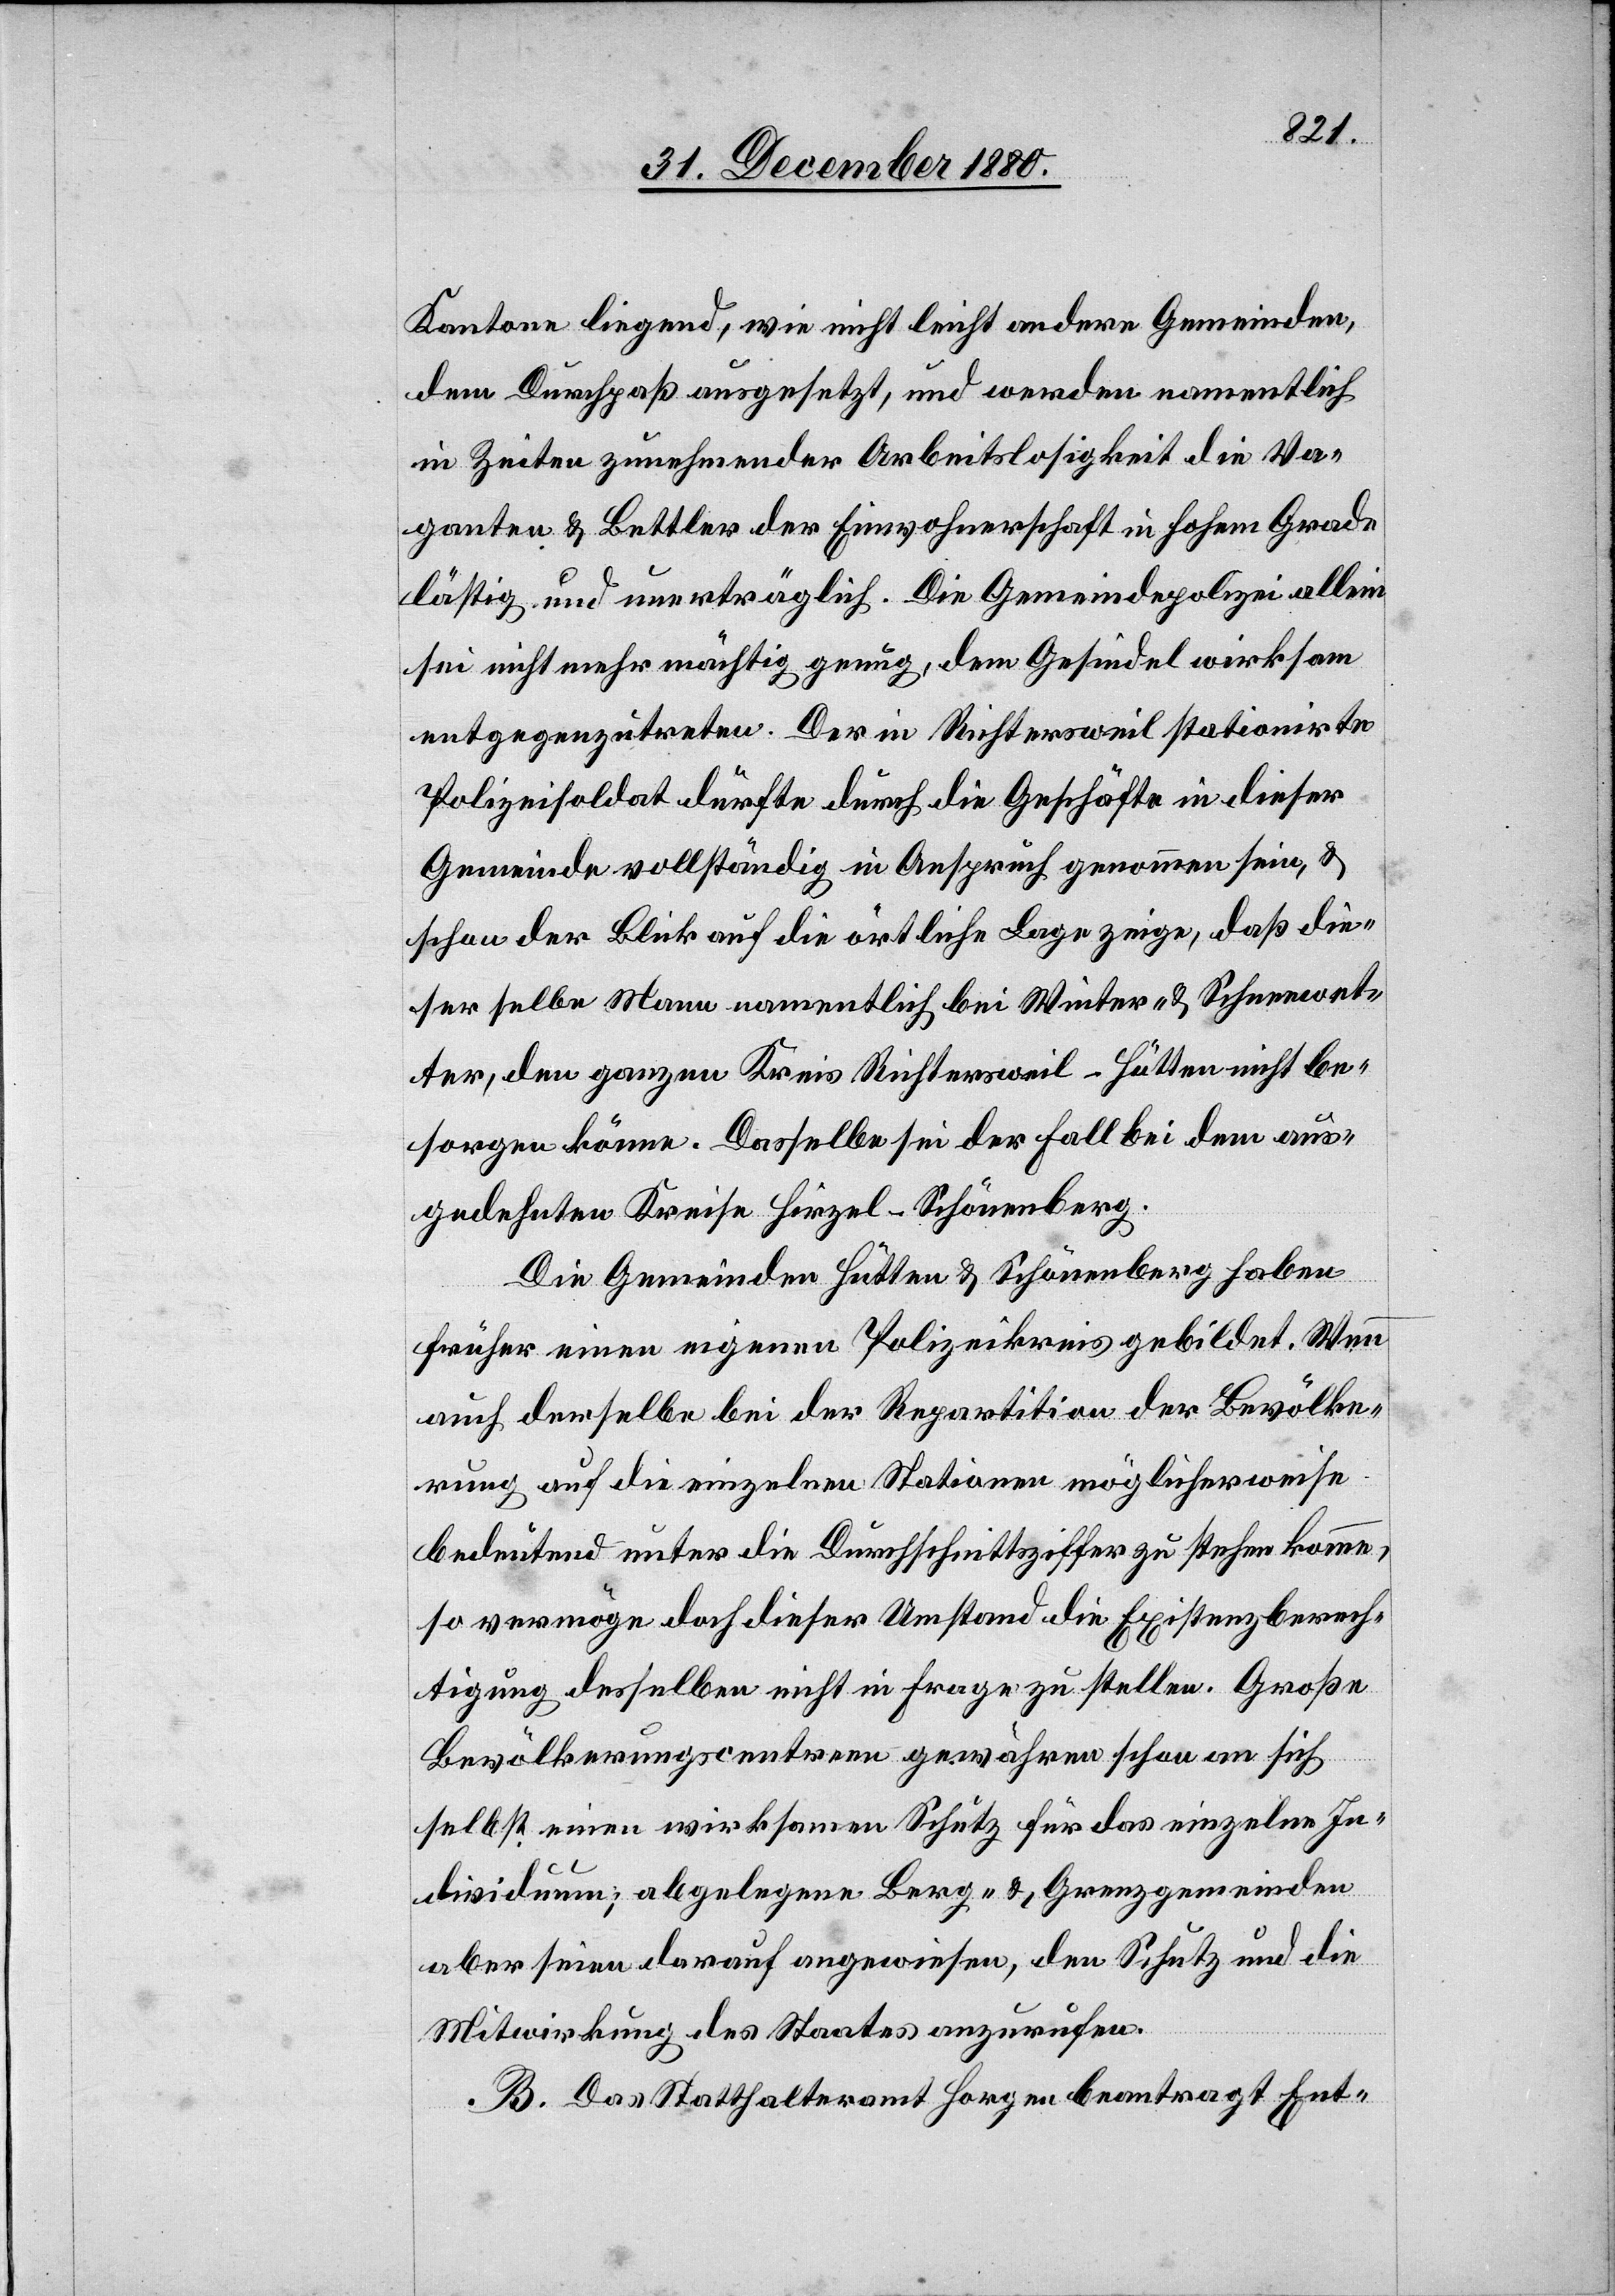
ohem
Kantone liegend, wie nicht leicht andere Gemeinden,
dem Durchpaß ausgesetzt, und werden namentlich
in Zeiten zunehmender Arbeitslosigkeit in h¬
lästig und unerträglich. Die Gemeindepolizei allein
sei nicht mehr mächtig genug, dem Gesindel wirksam
entgegenzutreten. Der in Richtersweil stationirte
Polizeisoldat dürfte durch die Geschäfte in dieser
Gemeinde vollständig in Anspruch genommen sein, &
schon der Blick auf die örtliche Lage zeige, daß die¬
ser selbe Mann namentlich bei Winter- & Schneewet¬
ter, den ganzen Kreis Richtersweil-Hütten nicht be¬
sorgen könne. Dasselbe sei der Fall bei dem aus¬
gedehnten Kreise Hirzel-Schönenberg.
Die Gemeinden Hütten & Schönenberg haben
früher einen eigenen Polizeikreis gebildet. Wenn
auch derselbe bei der Repartition der Bevölke¬
rung auf die einzelnen Stationen möglicherweise
bedeutend unter die Durchschnittsziffer zu stehen komme,
so vermöge doch dieser Umstand die Existenzberech¬
tigung desselben nicht in Frage zu stellen. Große
Bevölkerungscentren gewähren schon an sich
selbst einen wirksamen Schutz für das einzelne In¬
dividuum; abgelegene Berg- & Grenzgemeinden
aber seien darauf angewiesen, den Schutz und die
Mitwirkung des Staates anzurufen.
B. Das Statthalteramt Horgen beantragt Ent-